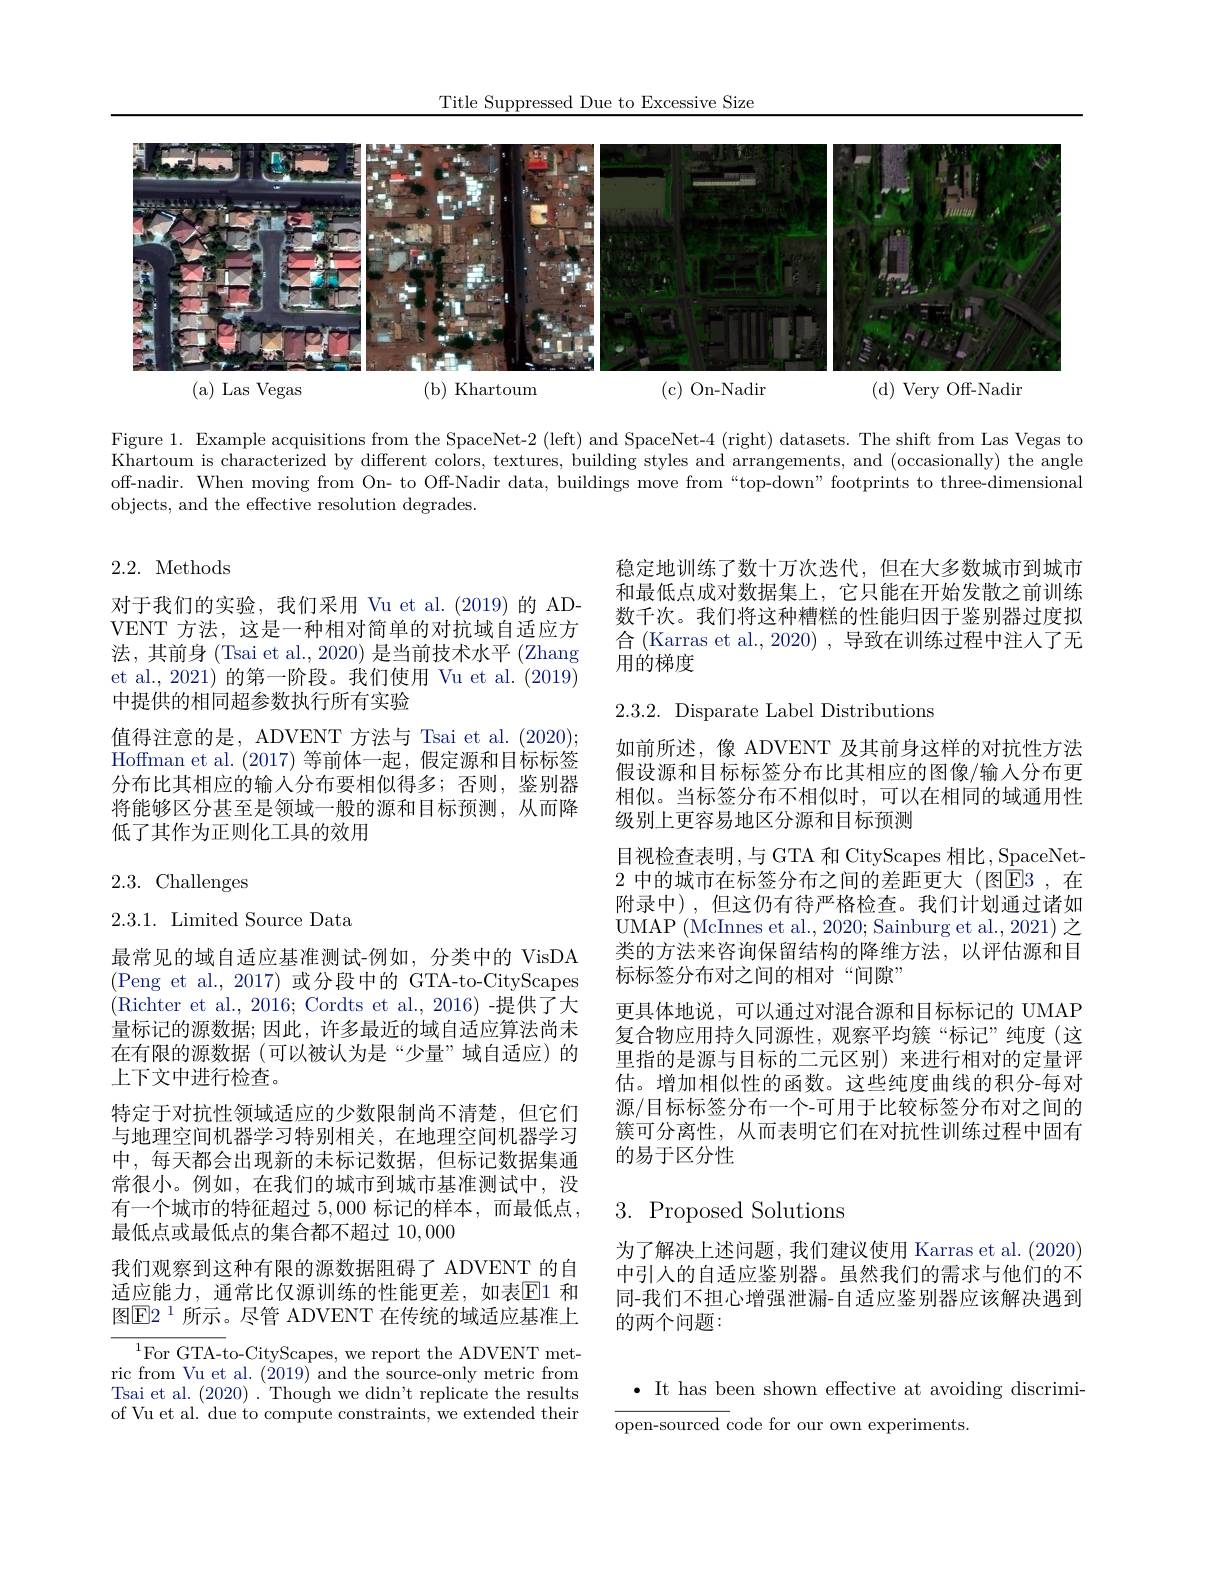
Title Suppressed Due to Excessive Size

<FigureHere>

Figure 1. Example acquisitions from the SpaceNet-2 (left) and SpaceNet-4 (right) datasets. The shift from Las Vegas to Khartoum is characterized by different colors, textures, building styles and arrangements, and (occasionally) the angle off-nadir. When moving from On- to Off-Nadir data, buildings move from “top-down”footprints to three-dimensional objects, and the effective resolution degrades.

2.2. Methods

稳定地训练了数十万次迭代，但在大多数城市到城市和最低点成对数据集上，它只能在开始发散之前训练数千次。我们将这种糟糕的性能归因于鉴别器过度拟合 (Karras et al., 2020) , 导致在训练过程中注人了无用的梯度

对于我们的实验，我们采用 Vu et al.(2019)的 ADVENT 方法，这是一种相对简单的对抗域自适应方法，其前身 (Tsai et al., 2020) 是当前技术水平 (Zhang et al., 2021) 的第一阶段。我们使用 Vu et al. (2019) 中提供的相同超参数执行所有实验
值得注意的是，ADVENT 方法与 Tsai et al. (2020); Hoffman et al. (2017) 等前体一起，假定源和目标标签分布比其相应的输入分布要相似得多；否则，鉴别器将能够区分甚至是领域一般的源和目标预测，从而降低了其作为正则化工具的效用

2.3.2. Disparate Label Distributions

2.3. Challenges
2.3.1. Limited Source Data

如前所述，像 ADVENT 及其前身这样的对抗性方法假设源和目标标签分布比其相应的图像/输入分布更相似。当标签分布不相似时，可以在相同的域通用性级别上更容易地区分源和目标预测
目视检查表明，与 GTA 和 CityScapes 相比，SpaceNet- 2 中的城市在标签分布之间的差距更大(图$\overline{\mathrm{E}}3$,在附录中),但这仍有待严格检查。我们计划通过诸如UMAP (McInnes et al., 2020; Sainburg et al., 2021) 之类的方法来咨询保留结构的降维方法，以评估源和目标标签分布对之间的相对“间隙”
更具体地说，可以通过对混合源和目标标记的 UMAP 复合物应用持久同源性，观察平均簇“标记”纯度(这里指的是源与目标的二元区别)来进行相对的定量评估。增加相似性的函数。这些纯度曲线的积分-每对源/目标标签分布一个-可用于比较标签分布对之间的簇可分离性，从而表明它们在对抗性训练过程中固有的易于区分性

最常见的域自适应基准测试-例如，分类中的 VisDA (Peng et al.,2017)或分段中的 GTA-to-CityScapes (Richter et al., 2016; Cordts et al., 2016)-提供了大量标记的源数据；因此，许多最近的域自适应算法尚未在有限的源数据(可以被认为是“少量”域自适应)的上下文中进行检查。
特定于对抗性领域适应的少数限制尚不清楚，但它们与地理空间机器学习特别相关，在地理空间机器学习中，每天都会出现新的未标记数据，但标记数据集通常很小。例如，在我们的城市到城市基准测试中，没有一个城市的特征超过5，000标记的样本，而最低点， 最低点或最低点的集合都不超过10，000
我们观察到这种有限的源数据阻碍了 ADVENT 的自适应能力，通常比仅源训练的性能更差，如表$\boxed{\mathrm{E}}1$ 和图$\boxed{\mathrm{E}}2^{1}$ 所示。尽管 ADVENT 在传统的域适应基准上
$^{1}$For GTA-to-CityScapes, we report the ADVENT met-

# 3. Proposed Solutions

为了解决上述问题，我们建议使用 Karras et al. (2020) 中引人的自适应鉴别器。虽然我们的需求与他们的不同-我们不担心增强泄漏-自适应鉴别器应该解决遇到的两个问题：

ric from Vu et al. (2019) and the source-only metric from Tsai et al. (2020) . Though we didn't replicate the results of Vu et al. due to compute constraints, we extended their

$\bullet$ It has been shown effective at avoiding discrimi-
$\overline{\text{open-sourced code for our own experiments}}$